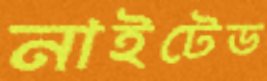
নাইটেড